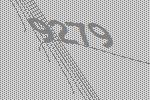
9279